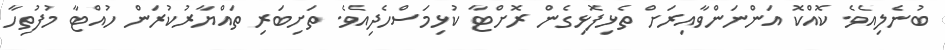
ބުނެލިއެވެ. ކޮއްކޮ އަންނަންވާއިރަށް ތެޅިފޮޅިގެން ރޮށްޓާ ކުޅިމަސްހެދިއެވެ. ތަށިބަރި ތައްޔާރުކުރަން ހުއްޓާ މުފުތިހާ